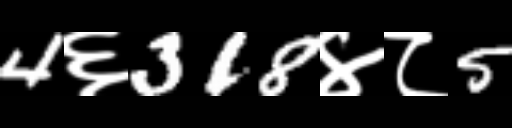
Text: 4६318४८5